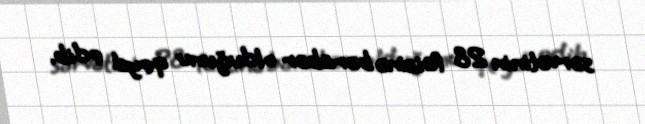
sərvətinin 28 faizinə bərabər olduğunu qeyd edib.